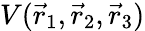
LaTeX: V(\vec{r}_{1},\vec{r}_{2},\vec{r}_{3})